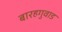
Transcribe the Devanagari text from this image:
बारहगुवाड